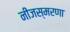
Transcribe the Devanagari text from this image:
नीजस्मरणा